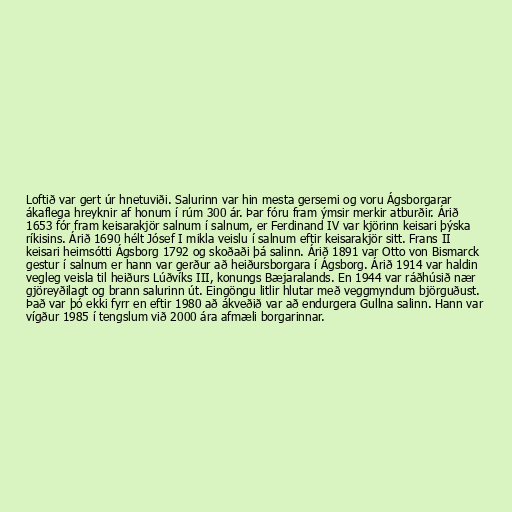
Loftið var gert úr hnetuviði. Salurinn var hin mesta gersemi og voru Ágsborgarar
ákaflega hreyknir af honum í rúm 300 ár. Þar fóru fram ýmsir merkir atburðir. Árið
1653 fór fram keisarakjör salnum í salnum, er Ferdinand IV var kjörinn keisari þýska
ríkisins. Árið 1690 hélt Jósef I mikla veislu í salnum eftir keisarakjör sitt. Frans II
keisari heimsótti Ágsborg 1792 og skoðaði þá salinn. Árið 1891 var Otto von Bismarck
gestur í salnum er hann var gerður að heiðursborgara í Ágsborg. Árið 1914 var haldin
vegleg veisla til heiðurs Lúðvíks III, konungs Bæjaralands. En 1944 var ráðhúsið nær
gjöreyðilagt og brann salurinn út. Eingöngu litlir hlutar með veggmyndum björguðust.
Það var þó ekki fyrr en eftir 1980 að ákveðið var að endurgera Gullna salinn. Hann var
vígður 1985 í tengslum við 2000 ára afmæli borgarinnar.